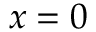
x = 0